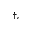
^ { \dag , }